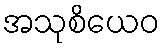
အသုစိယေဝ